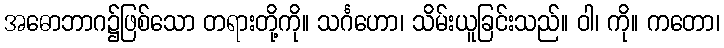
အဓောဘာဂ၌ဖြစ်သော တရားတို့ကို။ သင်္ဂဟော၊ သိမ်းယူခြင်းသည်။ ဝါ၊ ကို။ ကတော၊